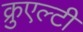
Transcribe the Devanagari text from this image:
क्रुएल्टी